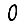
Digit: 0